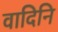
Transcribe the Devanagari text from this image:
वादिनि